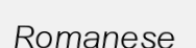
Romanese